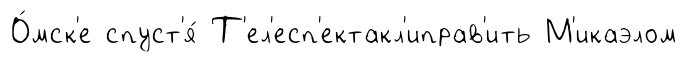
О́мск'е спуст'я́ Т'ел'есп'ектакл'иправ'ить М'икаэлом